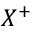
X ^ { + }